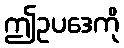
ဤဥပဒေကို